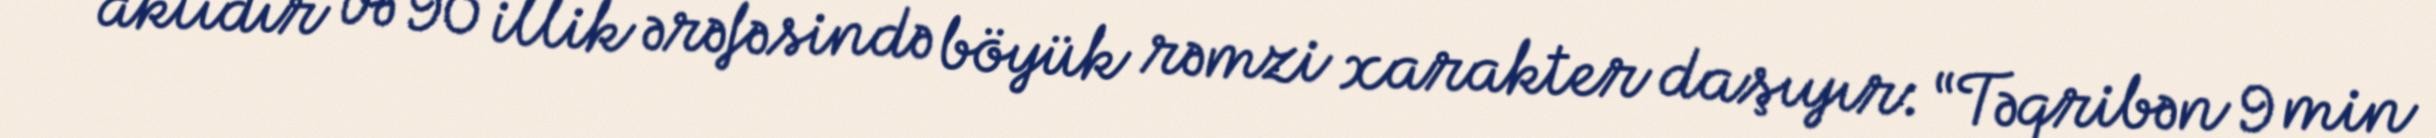
aktıdır və 90 illik ərəfəsində böyük rəmzi xarakter daşıyır: “Təqribən 9 min